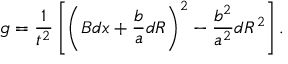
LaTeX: g = { \frac { 1 } { t ^ { 2 } } } \left[ \left( B d x + { \frac { b } { a } } d R \right) ^ { 2 } - { \frac { b ^ { 2 } } { a ^ { 2 } } } d R ^ { 2 } \right] .